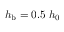
h _ { \mathrm { b } } = 0 . 5 ~ h _ { 0 }